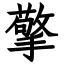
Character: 擎